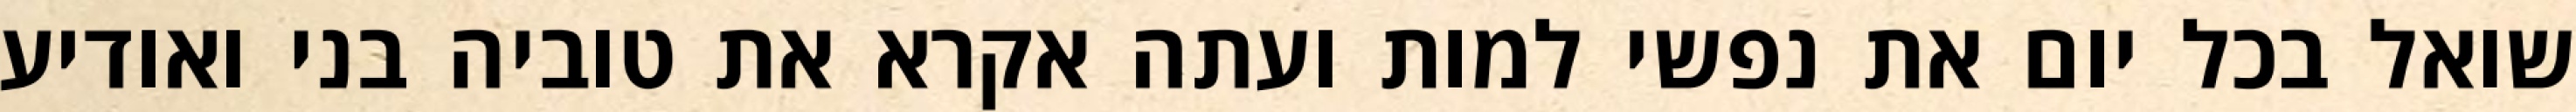
שואל בכל יום את נפשי למות ועתה אקרא את טוביה בני ואודיע